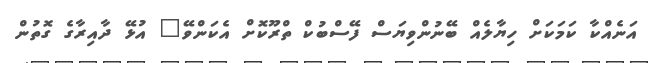
އަނެއްކާ ކަމަކަށް ހިޔާލެއް ބޭނުންވިޔަސް ފޭސްބުކް ތްރޫކޮށް އެކަންވޭ" އުޅޭ ދާއިރާގެ ގޮތުން